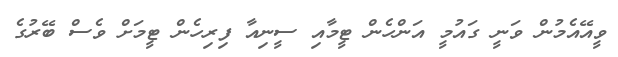
ވީއޭއެމުން ވަނީ ގައުމީ އަންހެން ޓީމާއި ސީނިއާ ފިރިހެން ޓީމަށް ވެސް ބޭރުގެ